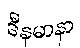
ဒီနမာနာ